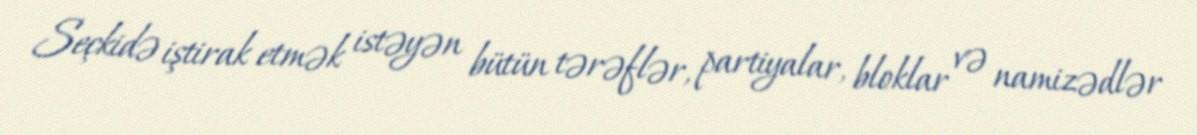
Seçkidə iştirak etmək istəyən bütün tərəflər, partiyalar, bloklar və namizədlər